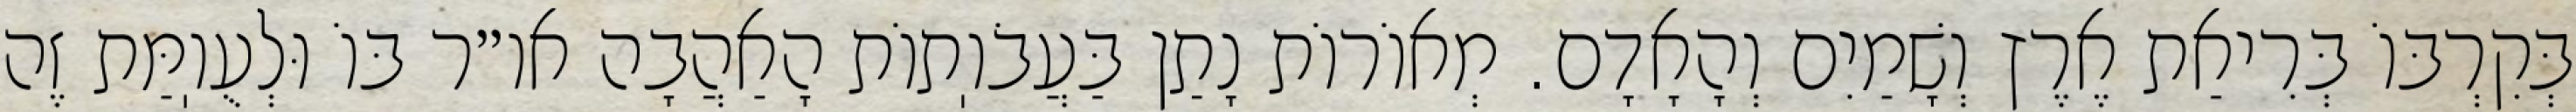
בְּקִרְבּוֹ בְּרִיאַת אֶרֶץ וְשָׁמַיִם וְהָאָדָם. מְאוֹרוֹת נָתַן בַּעֲבֹוֽתוֹת הָאַהֲבָה או״ר בּוֹ וּלְעֻוֽמַּת זֶה